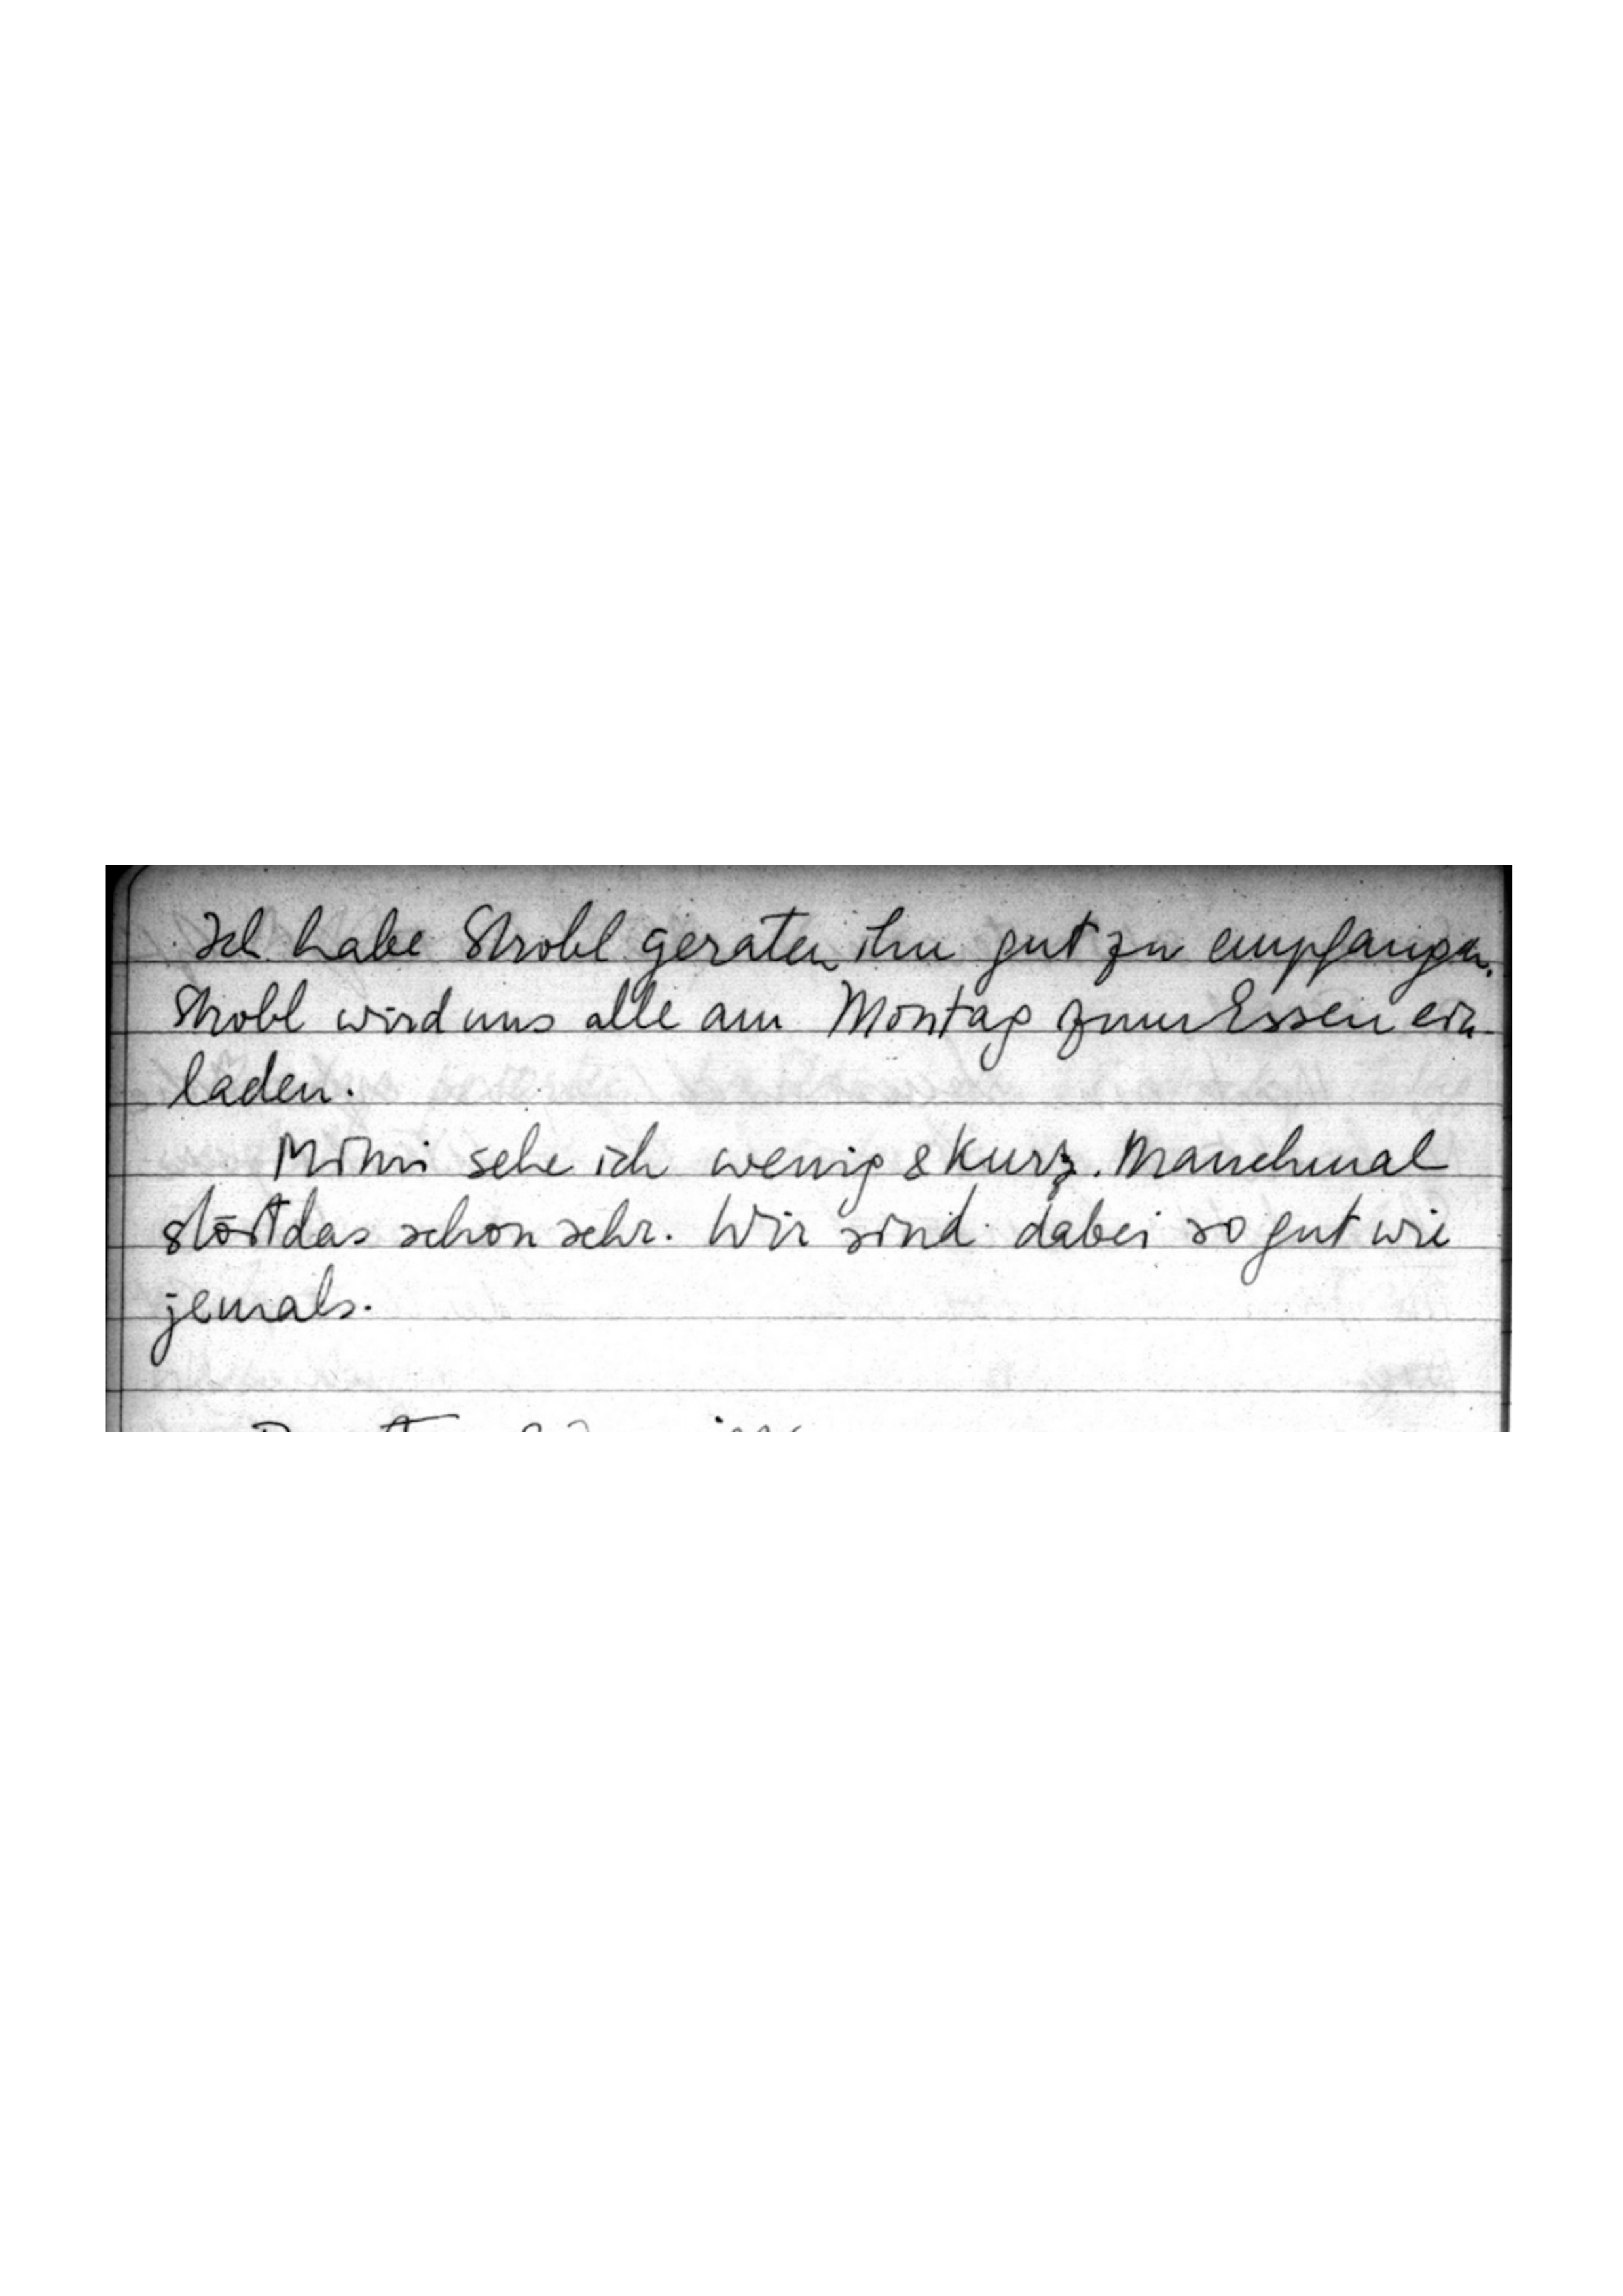
Ich habe Strobl geraten, ihn gut zu empfangen.
Strobl wird uns alle am Montag zum Essen ein
.......
laden.
Mimi sehe ich wenig & kurz. Manchmal
stört das schon sehr. Wir sind dabei so gut wie
jemals.